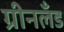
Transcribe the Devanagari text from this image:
ग्रीनलॅंड